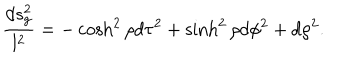
{ \frac { d s _ { \mathrm { g } } ^ { 2 } } { l ^ { 2 } } } = - \cosh ^ { 2 } \rho d \tau ^ { 2 } + \sinh ^ { 2 } \rho d \phi ^ { 2 } + d \rho ^ { 2 } .